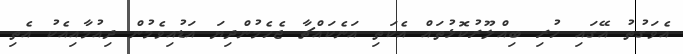
އެވަގުތު އޭގައި ހުރި ބިއްލޫރުކޮޅުތައް އެކަތި އަނެކައްޗާ ޖެހެމުންދިޔަ އަޑުއިވެމުން ދިއުމާއިއެކު އެތި